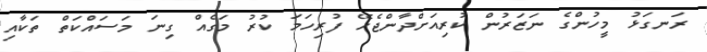
ރަނގަޅު މީހުންގެ ނަޒަރުން ކުރިއަށްދާންޖެހޭ ފުރިހަމަ ކުރު މަގެއް ގިނަ މަސައްކަތް ތަކާއި